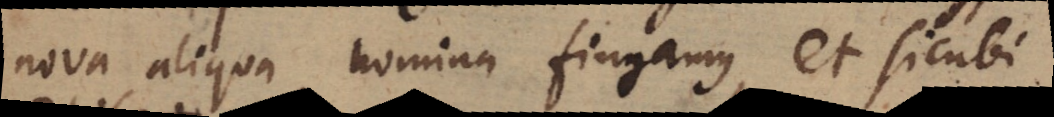
nova aliqua nomina fingamus, et sicubi